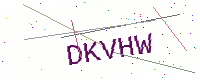
Text: DKVHW